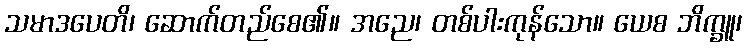
သမာဒပေတိ၊ ဆောက်တည်စေ၏။ အညေ၊ တစ်ပါးကုန်သော။ ယေစ ဘိက္ခူ၊